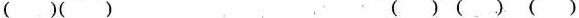
()() ()()()